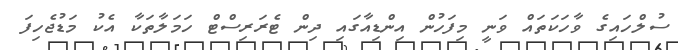
ސުލްހައިގެ ވާހަކަތައް ވަނީ މިފަހުން އިންޑިއާގައި ދިން ޓެރަރިސްޓް ހަމަލާތަކާ އެކު މަޑުޖެހިފަ